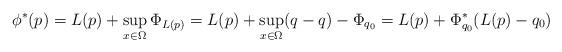
LaTeX: \begin{align*}\phi^*(p) = L(p) + \sup_{x\in \Omega} \Phi_{L(p)} = L(p) + \sup_{x\in \Omega} (q-q) - \Phi_{q_0} = L(p) + \Phi_{q_0}^*(L(p)-q_0) \end{align*}